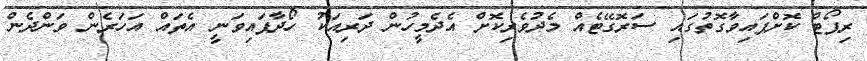
ރިޕޯޓް ކޮށްފައިވާގޮތުގައި ސަރޮގޭޓެއް މެދުވެރިކޮށް އެދެމީހުން ދަރިއަކު ހޯދާފައިވަނީ އެތައް އަހަރެން ވަންދެން